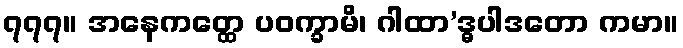
၇၇၇။ အနေကတ္ထေ ပဝက္ခာမိ၊ ဂါထာ’ဒ္ဓပါဒတော ကမာ။